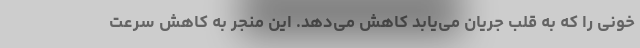
خونی را که به قلب جریان می‌یابد کاهش می‌دهد. این منجر به کاهش سرعت